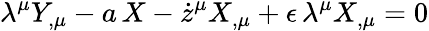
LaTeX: \lambda^{\mu}Y_{,\mu}-a\, X-\dot{z}^{\mu}X_{,\mu}+\epsilon\, \lambda^{\mu}X_{,\mu}=0